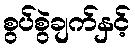
စွပ်စွဲချက်နှင့်